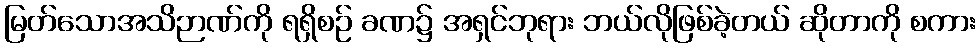
မြတ်သောအသိဉာဏ်ကို ရရှိစဉ် ခဏ၌ အရှင်ဘုရား ဘယ်လိုဖြစ်ခဲ့တယ် ဆိုတာကို စကား